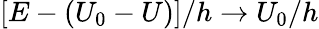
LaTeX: \left[E-(U_{0}-U)\right]/h\to U_{0}/h